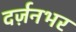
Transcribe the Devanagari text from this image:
दर्ज़नभर